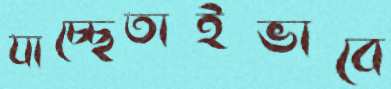
যাচ্ছেতাইভাবে